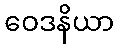
ဝေဒနိယာ